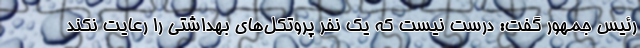
رئیس جمهور گفت: درست نیست که یک نفر پروتکل‌های بهداشتی را رعایت نکند